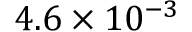
4 . 6 \times 1 0 ^ { - 3 }